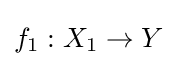
f_{1}:X_{1}\to Y